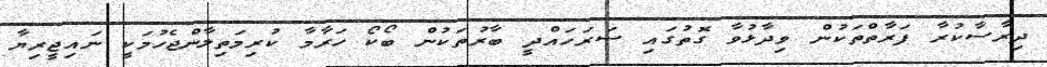
ދިރާސާކުރާ ފަރާތްތަކުން ވިދާޅުވާ ގޮތުގައި ސަރަހައްދީ ބާރުތަކުން ބޯކޯ ހަރާމާ ކުރިމަތިލާންޖެހުމަކީ ނައިޖީރިޔާ